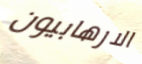
الارهابيون